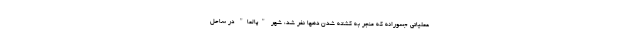
عملیاتی جسورانه که منجر به کشته شدن دهها نفر شد، شهر "پالما" در ساحل